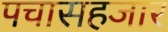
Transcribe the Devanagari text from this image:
पचासहजार